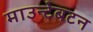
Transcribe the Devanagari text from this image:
माउन्टेबटन